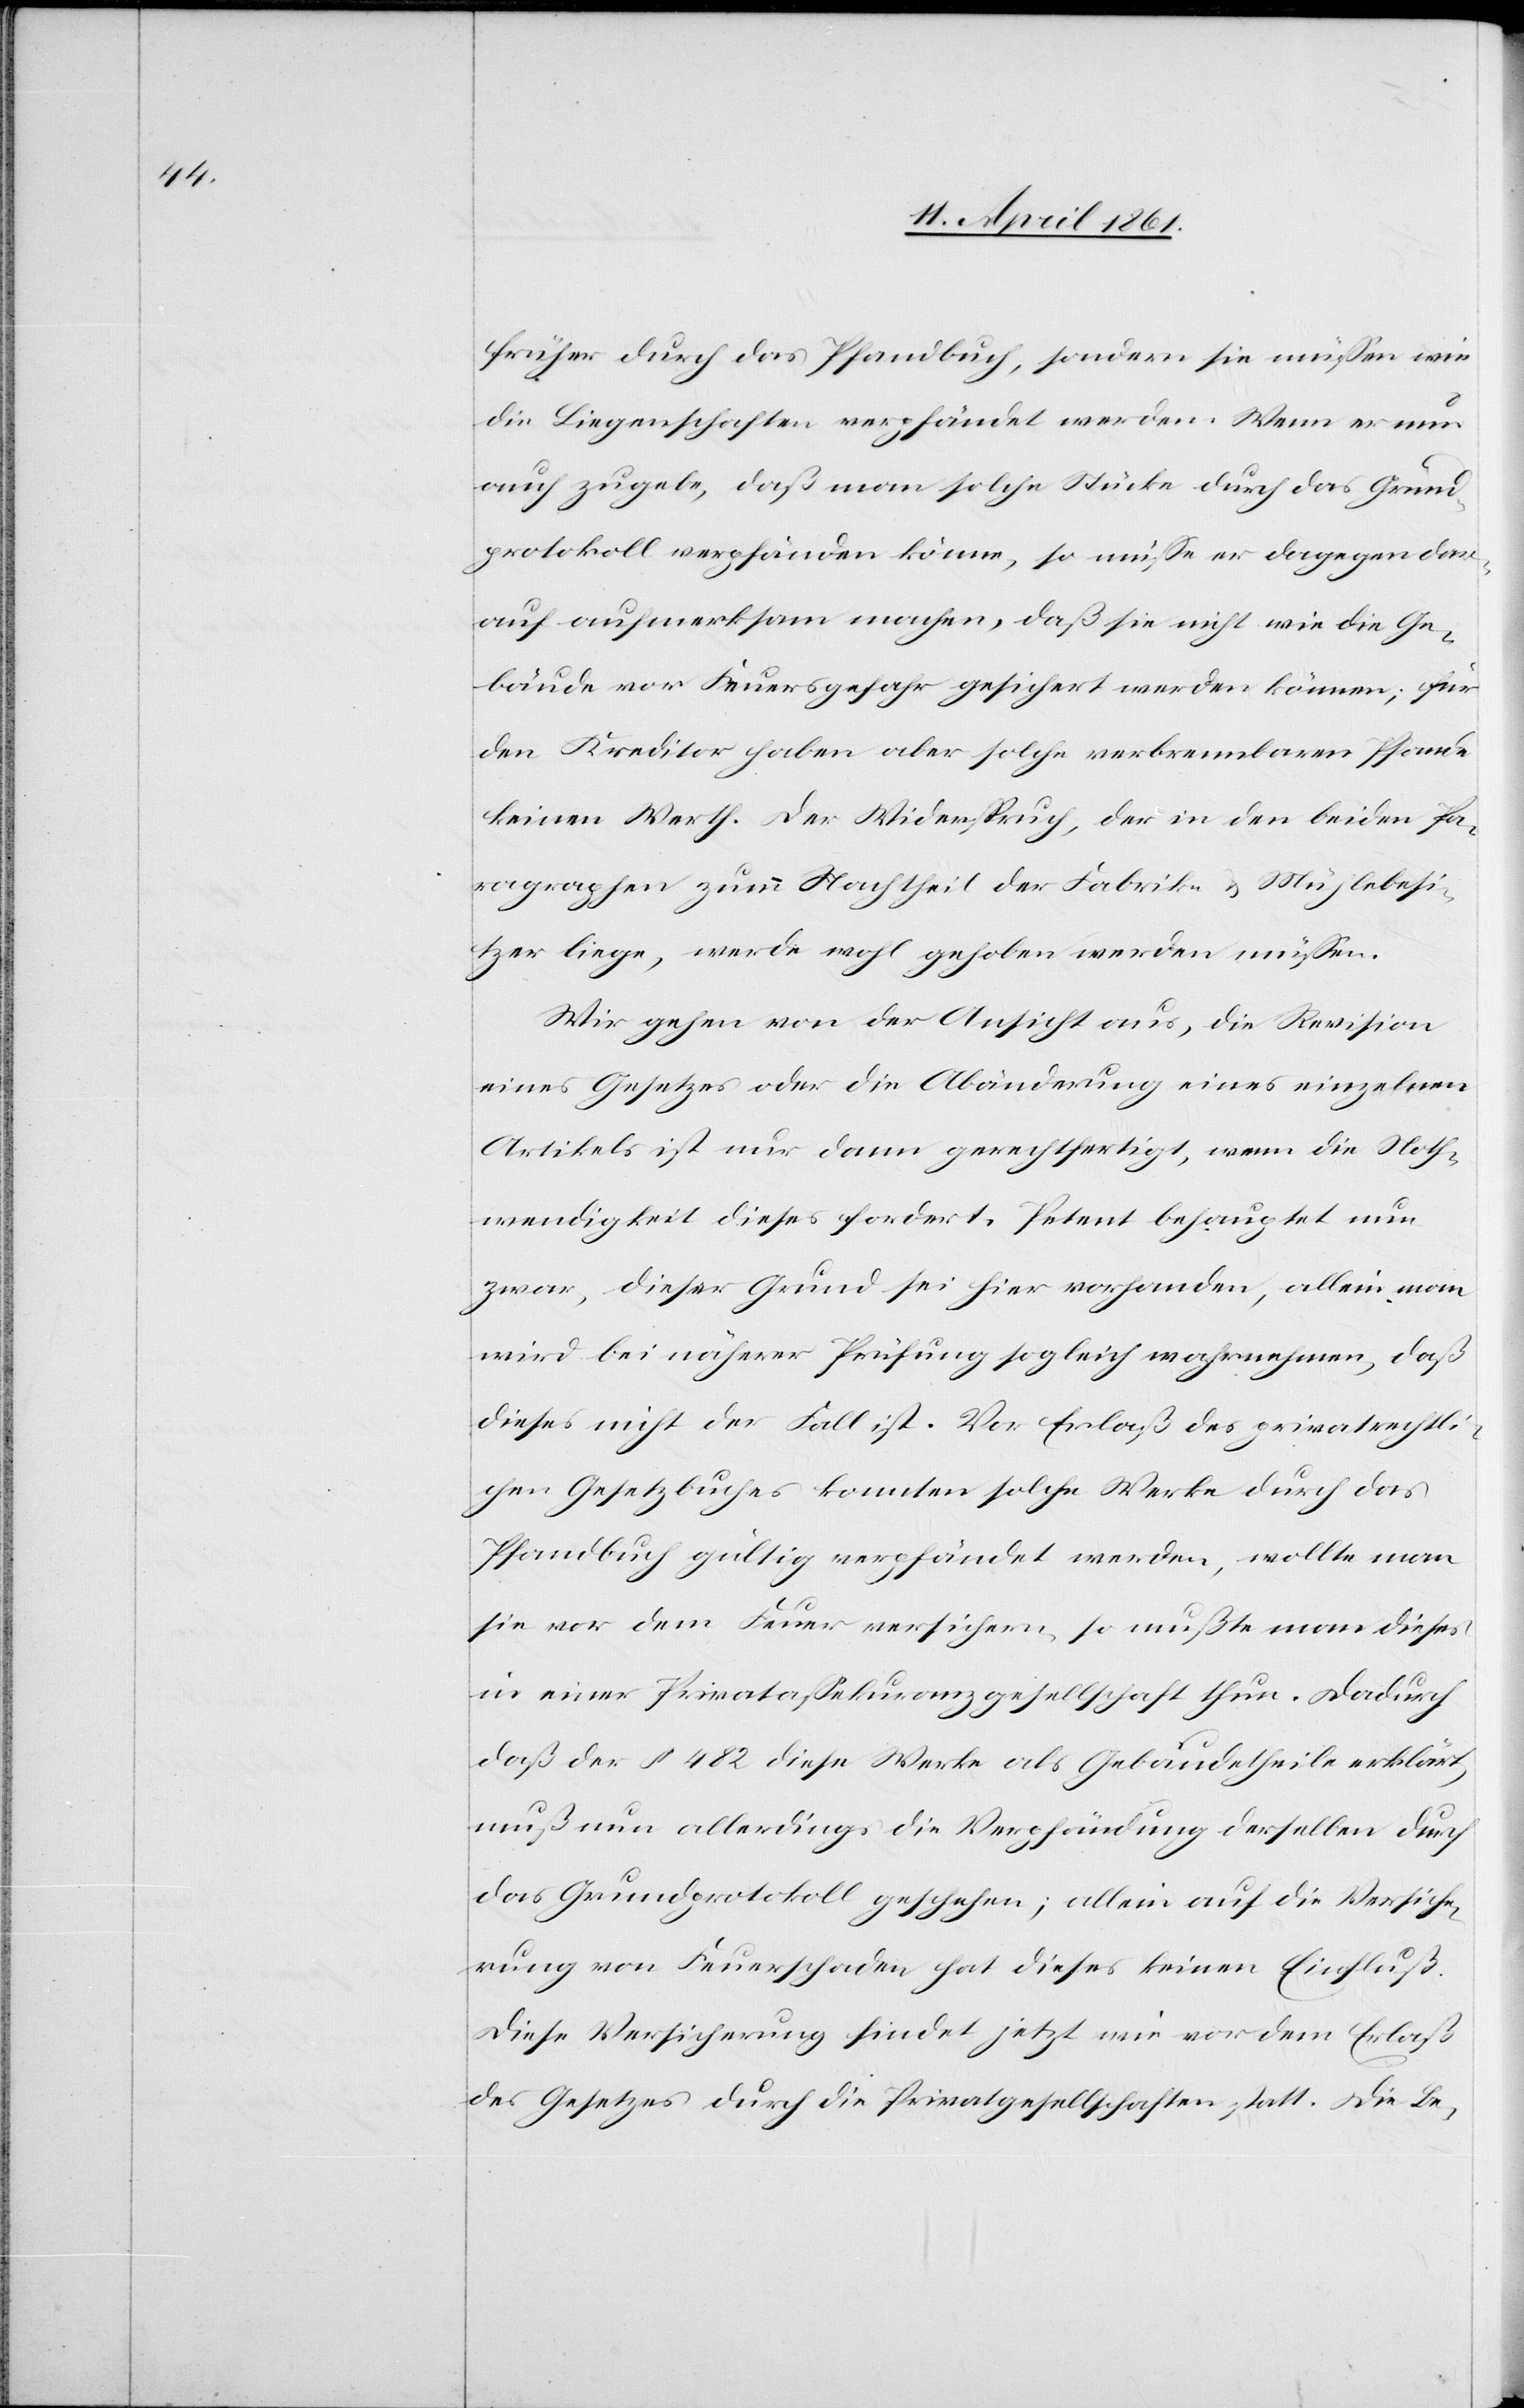
früher durch das Pfandbuch, sondern sie müssen wie
die Liegenschaften verpfändet werden. Wenn er nun
auch zugebe, daß man solche Stücke durch das Grund¬
protokoll verpfänden könne, so müsse er dagegen dar¬
auf aufmerksam machen, daß sie nicht wie die Ge¬
bäude vor Feuersgefahr gesichert werden können; für
den Kreditor haben aber solche verbrennbaren Pfande
keinen Werth. Der Widerspruch, der in den beiden Pa¬
ragraphen zum Nachtheil der Fabrik- u. Mühlebesi¬
tzer liege, werde wohl gehoben werden müssen.
Wir gehen von der Ansicht aus, die Revision
eines Gesetzes oder die Abänderung eines einzelnen
Artikels ist nur dann gerechtfertigt, wenn die Noth¬
wendigkeit dieses fordert. Petent behauptet nun
zwar, dieser Grund sei hier vorhanden, allein man
wird bei näherer Prüfung sogleich wahrnehmen, daß
dieses nicht der Fall ist. Vor Erlaß des privatrechtli¬
chen Gesetzbuches konnten solche Werke durch das
Pfandbuch gültig verpfändet werden, wollte man
sie vor dem Feuer versichern, so mußte man dieses
in einer Privatassekuranzgesellschaft thun. Dadurch
daß der § 482 diese Werke als Gebäudetheile erklärt,
muß nun allerdings die Verpfändung derselben durch
das Grundprotokoll geschehen; allein auf die Versiche¬
rung von Feuerschaden hat dieses keinen Einfluß.
Diese Versicherung findet jetzt wie vor dem Erlaß
des Gesetzes durch die Privatgesellschaften statt. Die Be-